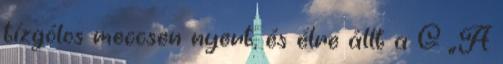
tízgólos meccsen nyert, és élre állt a G „A